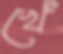
খেঁ